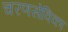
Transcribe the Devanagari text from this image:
चरणसेविका